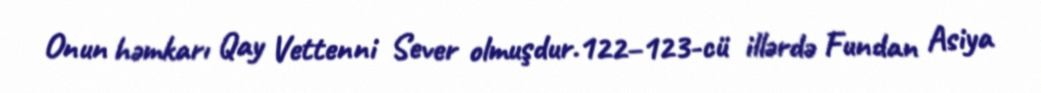
Onun həmkarı Qay Vettenni Sever olmuşdur.122–123-cü illərdə Fundan Asiya